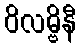
ဝိလမ္ဗိနီ